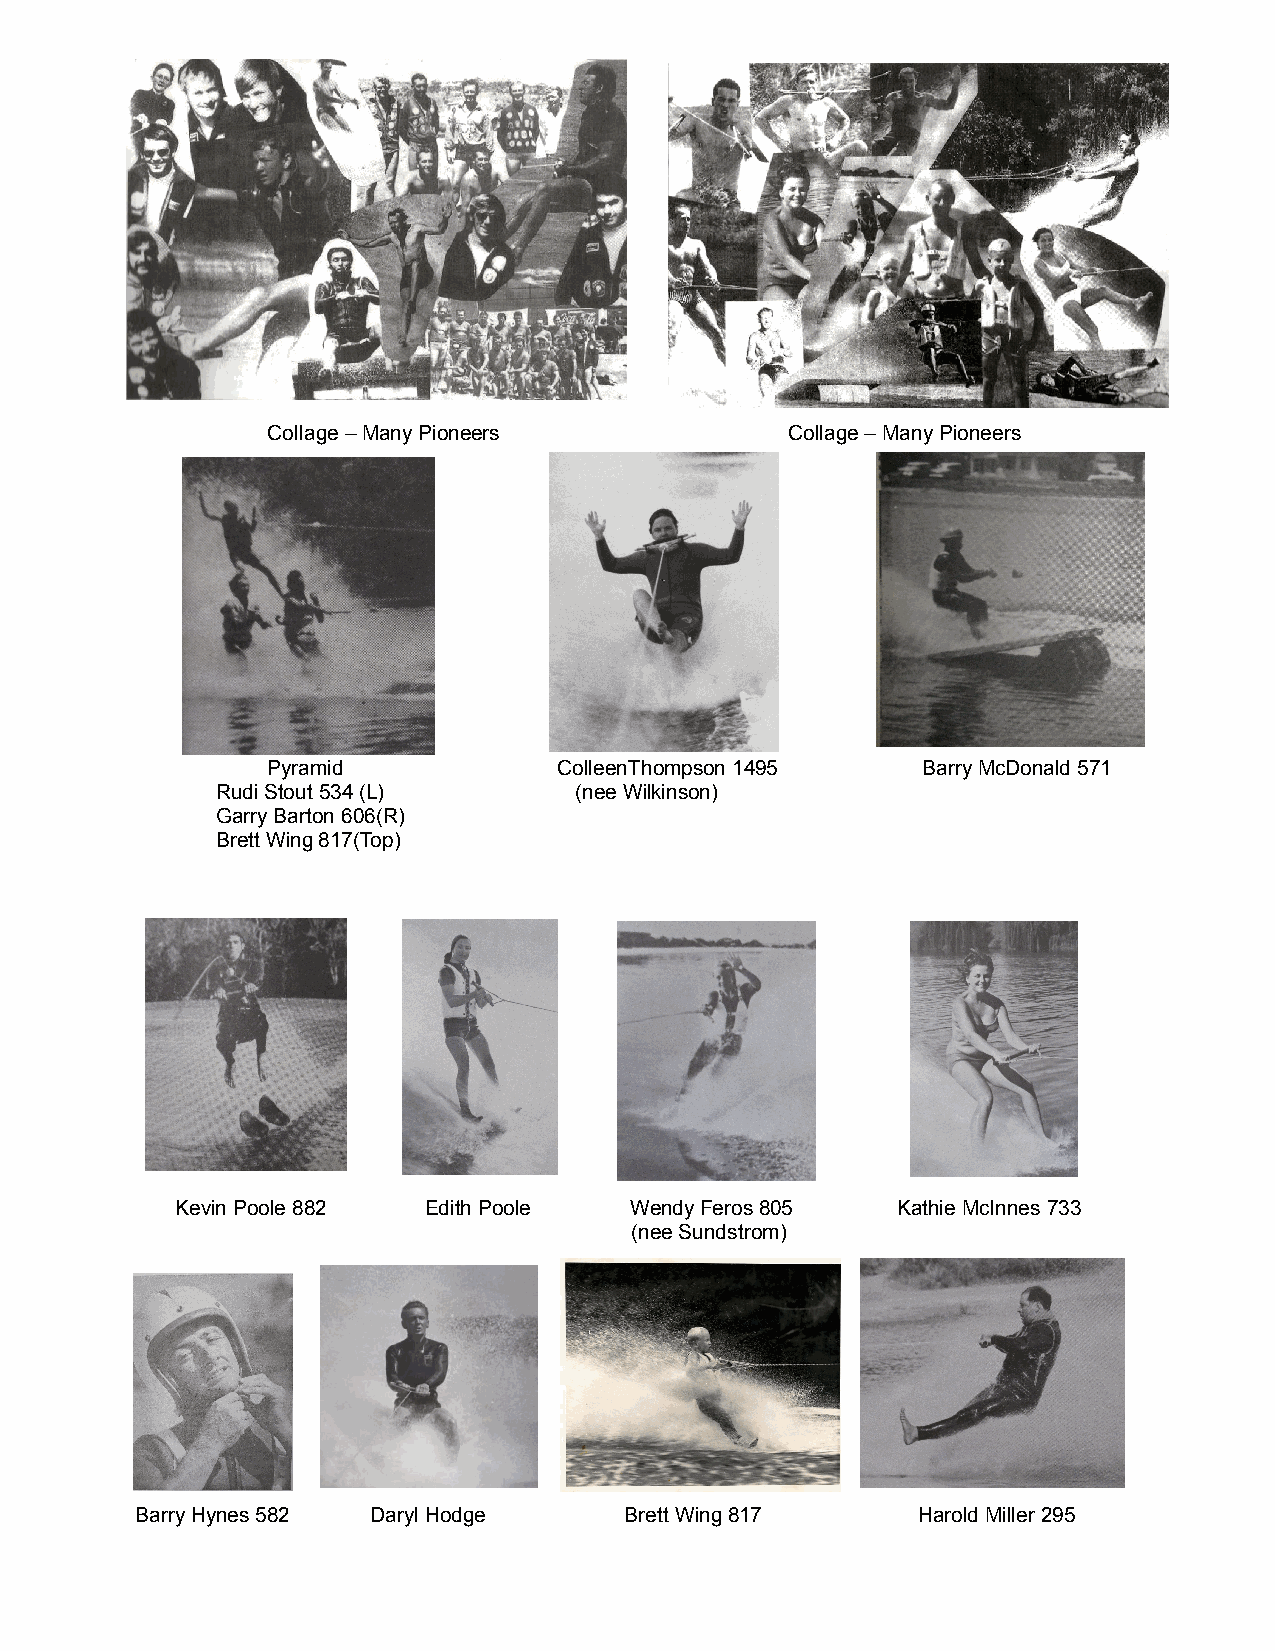
Gary Barton
 Collage – Many Pioneers           Collage – Many Pioneers
 Pyramid            ColleenThompson 1495    Barry McDonald 571
 Rudi Stout 534 (L)      (nee Wilkinson)
 Garry Barton 606(R)
 Brett Wing 817(Top)
 Kevin Poole 882 Edith Poole   Wendy Feros 805  Kathie McInnes 733
 (nee Sundstrom)
 Barry Hynes 582 Daryl Hodge     Brett Wing 817      Harold Miller 295